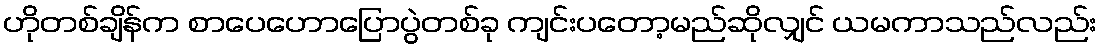
ဟိုတစ်ချိန်က စာပေဟောပြောပွဲတစ်ခု ကျင်းပတော့မည်ဆိုလျှင် ယမကာသည်လည်း